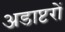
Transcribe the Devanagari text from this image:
अडाप्टरों